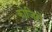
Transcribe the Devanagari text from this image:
कोजिरो